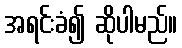
အရင်းခံ၍ ဆိုပါမည်။